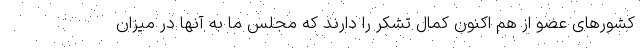
کشورهای عضو از هم اکنون کمال تشکر را دارند که مجلس ما به آنها در میزان